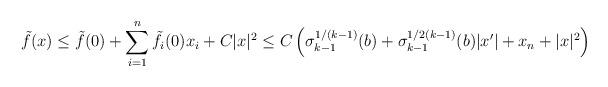
LaTeX: \begin{align*}\tilde{f} (x) \leq \tilde{f} (0) + \sum_{i=1}^n \tilde{f}_i (0) x_i + C |x|^2 \leq C \left(\sigma_{k-1}^{1/(k-1)} (b) + \sigma_{k-1}^{1/2(k-1)} (b) |x'| + x_n + |x|^2\right)\end{align*}